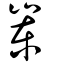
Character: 崬